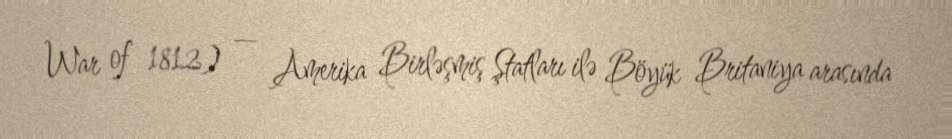
War of 1812) — Amerika Birləşmiş Ştatları ilə Böyük Britaniya arasında